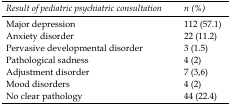
| Result of pediatric psychiatric consultation | n (%) |
 | --- | --- |
 | Major depression | 112 (57.1) |
 | Anxiety disorder | 22 (11.2) |
 | Pervasive developmental disorder | 3 (1.5) |
 | Pathological sadness | 4 (2) |
 | Adjustment disorder | 7 (3,6) |
 | Mood disorders | 4 (2) |
 | No clear pathology | 44 (22.4) |